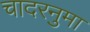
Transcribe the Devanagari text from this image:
चादरनुमा